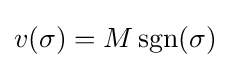
v(\sigma )=M\operatorname {sgn} (\sigma )